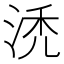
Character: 𰛯